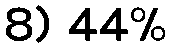
8) 44%